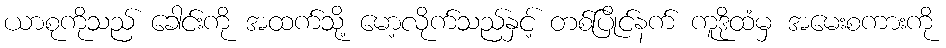
ယာစုကိုသည် ခေါင်းကို အထက်သို့ မော့လိုက်သည်နှင့် တစ်ပြိုင်နက် ကူဒိုထံမှ အမေးစကားကို